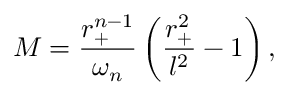
M = \frac { r _ { + } ^ { n - 1 } } { \omega _ { n } } \left( \frac { r _ { + } ^ { 2 } } { l ^ { 2 } } - 1 \right) ,